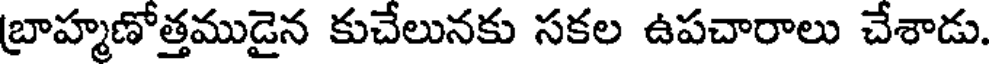
బ్రాహ్మణోత్తముడైన కుచేలునకు సకల ఉపచారాలు చేశాడు.